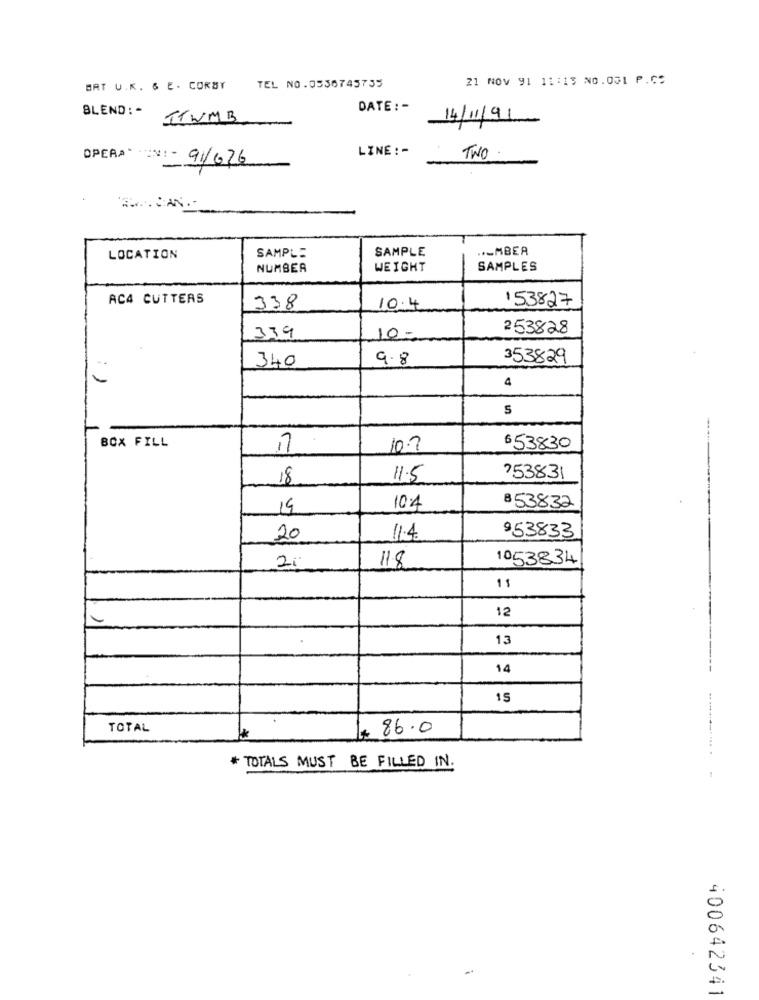
21 NOV 91 11:13 NO.001 P.C:
BAT U.K. & E. CORBY TEL NO.0336745735
BLEND :
DATE: -
TTWMB
14/11/91
LINE :-
OPERAN: - 91/626
TWO
-
SAMPLE
..- MBER
LOCATION
SAMPLE
NUMBER
WEIGHT
SAMPLES
AC4 CUTTERS
153827
338
10.4
339
253828
10:
340
9.8
353829
4
S
BOX FILL
17
10.7
653830
18
11.5
753831
14
10.4
8 53832
20
11.4
953833
2.
1053834
118
11
12
13
14
15
TOTAL
86.0
* TOTALS MUST BE FILLED IN.
1
400642341